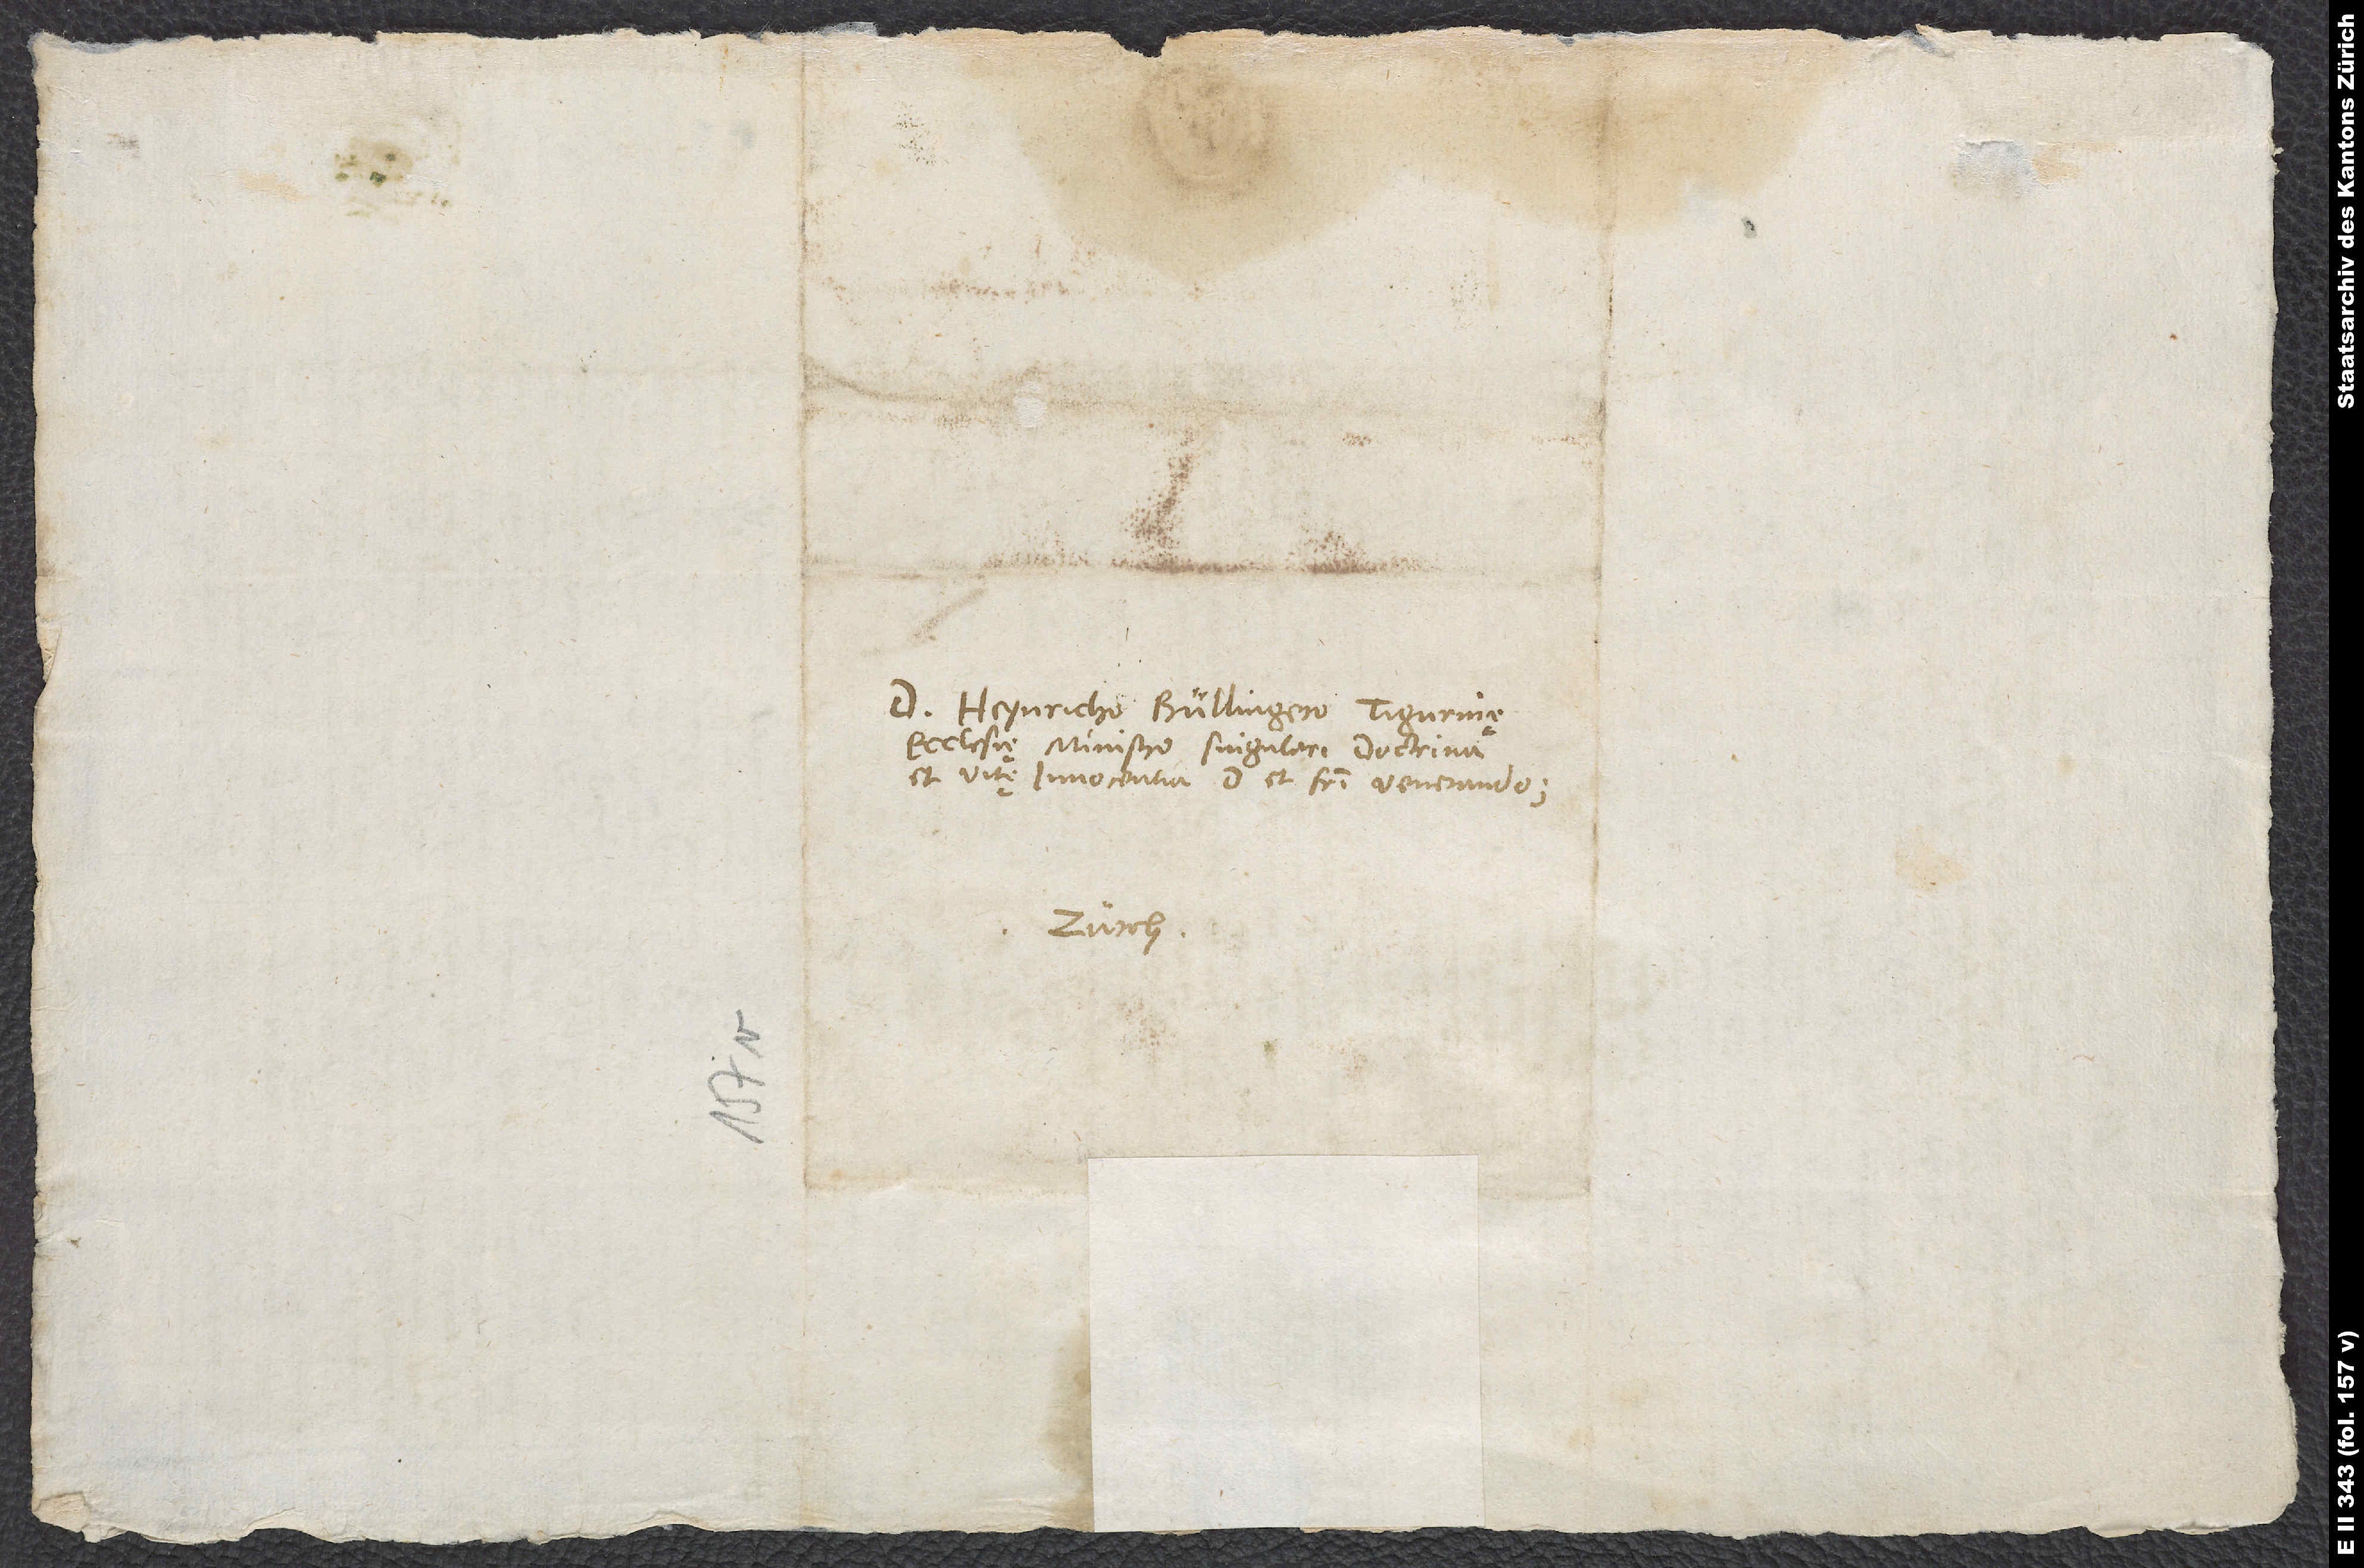
Domino Heynricho Bullingero, Tigurinę
ecclesię ministro singulari doctrina
et vitę innocentia, domino et fratri venerando.
Zurch.